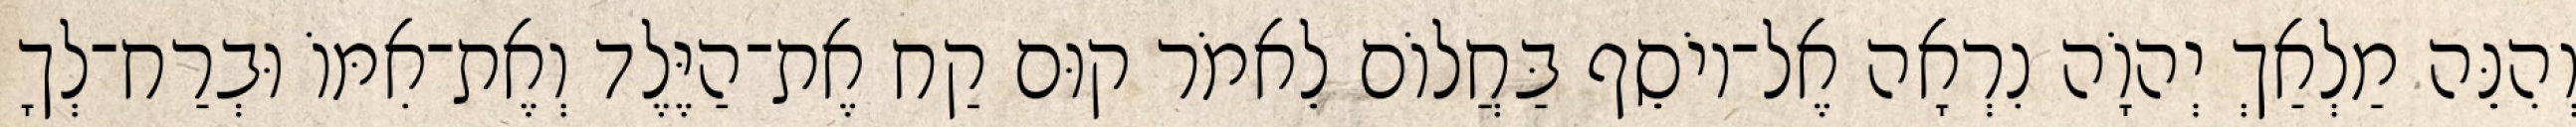
וְהִנֵּה מַלְאַךְ יְהוָֹה נִרְאָה אֶל־יוֹסֵף בַּחֲלוֹם לֵאמֹר קוּם קַח אֶת־הַיֶּלֶד וְאֶת־אִמּוֹ וּבְרַח־לְךָ